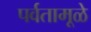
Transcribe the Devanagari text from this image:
पर्वतामूळे